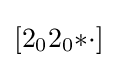
[2_{0}2_{0}{*}{\cdot }]